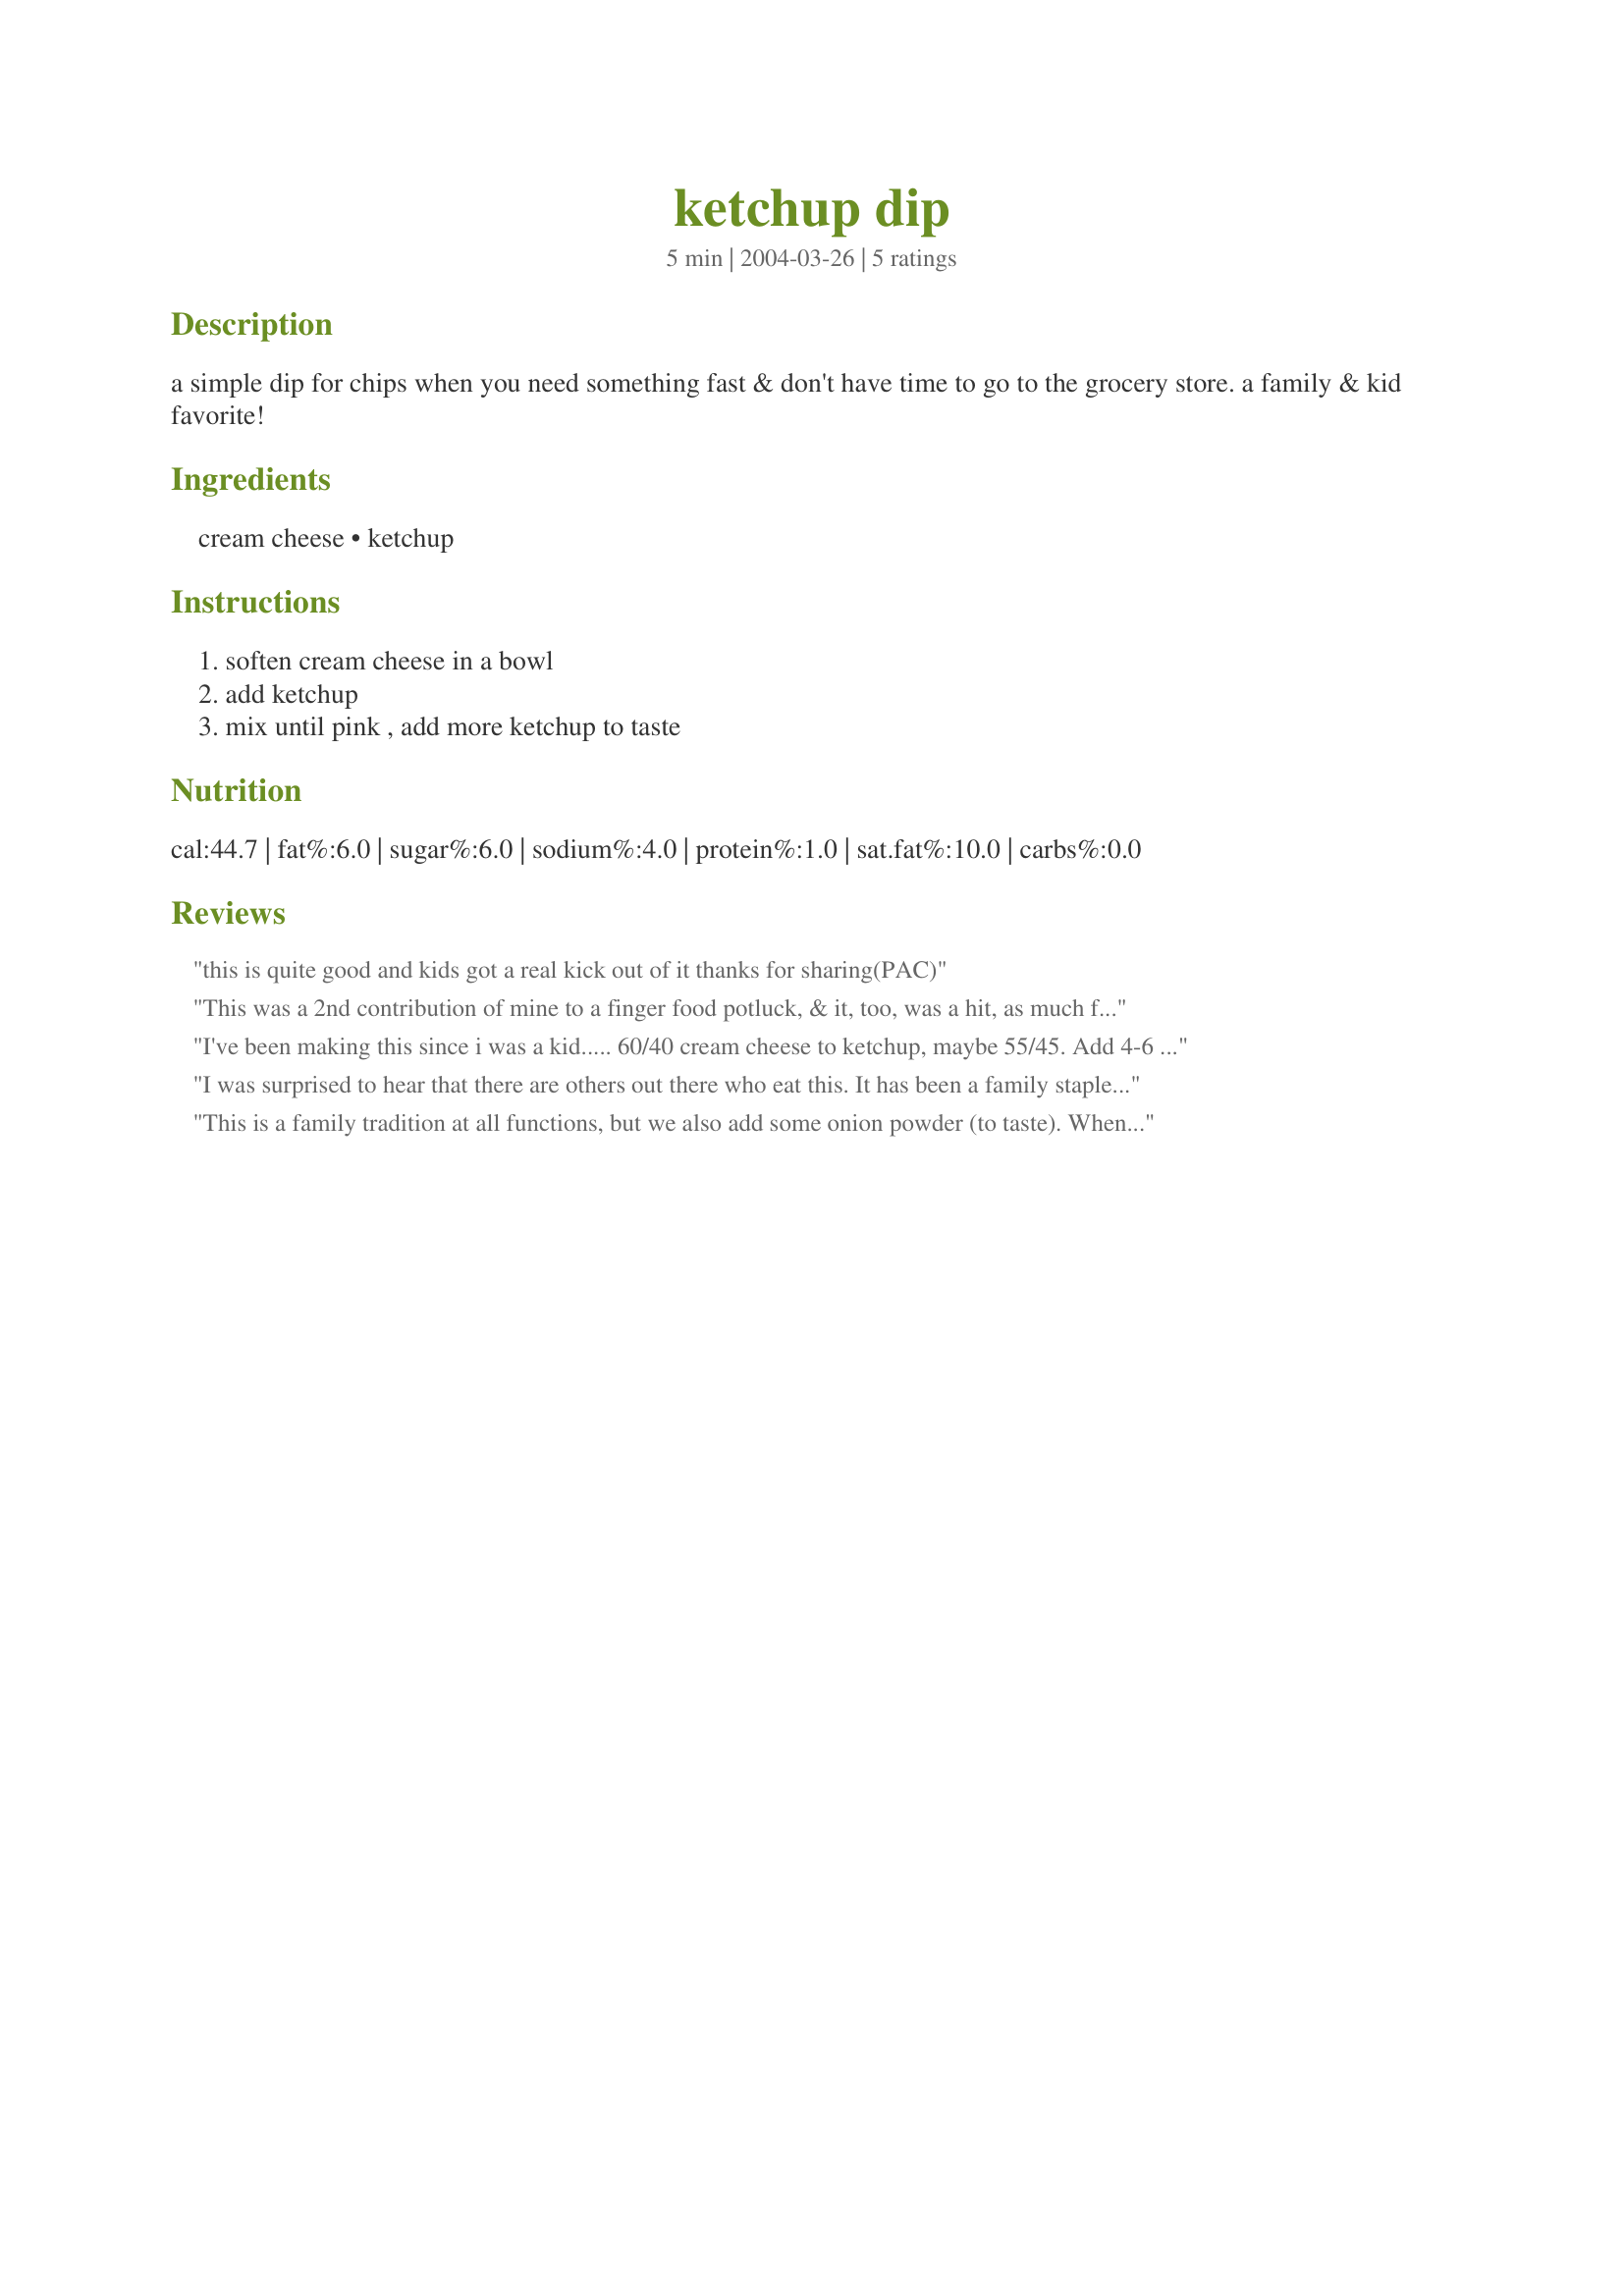
ketchup dip
Preparation time: 5 minutes

a simple dip for chips when you need something fast & don't have time to go to the grocery store. a family & kid favorite!

Ingredients:
cream cheese, ketchup

Steps:
soften cream cheese in a bowl, add ketchup, mix until pink , add more ketchup to taste

Reviews:
this is quite good and kids got a real kick out of it thanks for sharing(PAC)
This was a 2nd contribution of mine to a finger food potluck, & it, too, was a hit, as much for its simplicity as for the taste! Will certainly be doing this one again & again, & next time it'll be for one of the monthly groups I host! Thanks for sharing it! [Made & reviewed in Zaar Cookbook recipe tag]
I've been making this since i was a kid..... 60/40 cream cheese to ketchup, maybe 55/45. Add 4-6 drops of tasbasco to heat it up a little. I dont soften the cream cheese which leaves little lumps through out the dip. Softening the cream cheese makes it seem more like a dressing than a dip. Either way it's delicious.
I was surprised to hear that there are others out there who eat this. It has been a family staple for decades and it is my go to thing when i just don't have the time to make anything else. I saw a version using sour cream in lieu of cream cheese. That would be ridiculous! lol. Anyway, Worcestershire sauce is a must and if you are low on ketchup, a little Sweet Baby Ray's BBQ sauce does in a pinch.
This is a family tradition at all functions, but we also add some onion powder (to taste). When I mention the dip to people, they are disgusted, until they try it. It is awesome!
